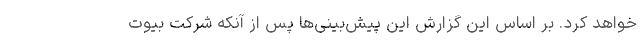
خواهد کرد. بر اساس این گزارش این پیش‌بینی‌ها پس از آنکه شرکت بیوت